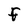
Character: f